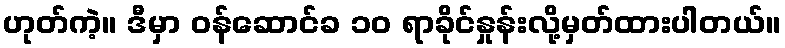
ဟုတ်ကဲ့။ ဒီမှာ ဝန်ဆောင်ခ ၁၀ ရာခိုင်နှုန်းလို့မှတ်ထားပါတယ်။